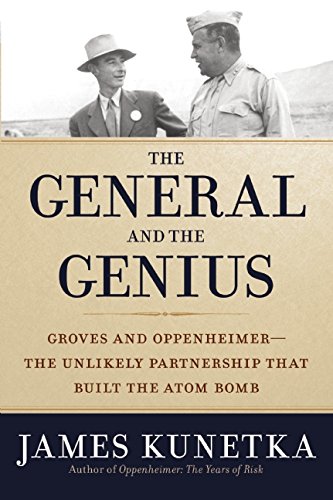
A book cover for The General and the Genius: Groves and Oppenheimer EE The Unlikely Partnership that Built the Atom Bomb; James Kunetka; Biographies & Memoirs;